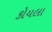
કોયલા